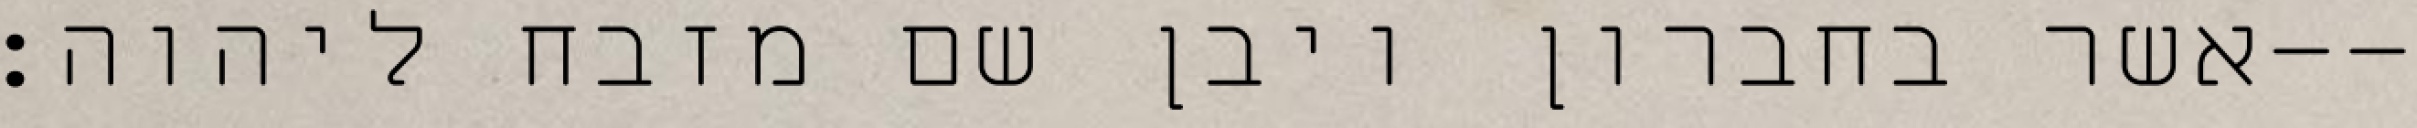
אשר בחברון ויבן שם מזבח ליהוה׃--